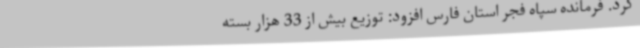
کرد. فرمانده سپاه فجر استان فارس افزود: توزیع بیش از 33 هزار بسته